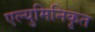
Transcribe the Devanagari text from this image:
एल्युमिनिकृत